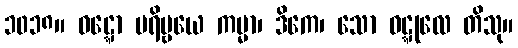
၁၀၁၈။ ဝဋ္ဋော ပရိဗ္ဗယေ ကမ္မာ၊ ဒိကေ၊ သော ဝဋ္ဋုလေ တိသု။